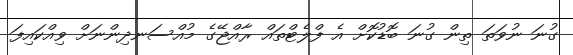
ގުނަ ނުވަތަ ތިން ގުނަ ބޮޑުކޮށް އެ ފްލެޓްތައް ރާއްޖޭގެ މުއްސަނދިންނަށް ވިއްކައިފަ